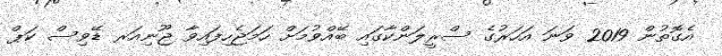
އެގޮތުން 2019 ވަނަ އަހަރުގެ ސްރީލަންކާގައި ބޭއްވުމަށް ހަމަޖެހިފައިވާ ޖޫނިއަރ ޑޭވިސް ކަޕް